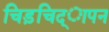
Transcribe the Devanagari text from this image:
चिड़चिद्ापन